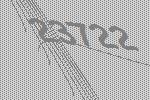
23722